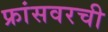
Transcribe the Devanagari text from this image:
फ्रांसवरची